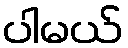
ပါမယ်